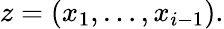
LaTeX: z=(x_{1},\dots,x_{i-1}).